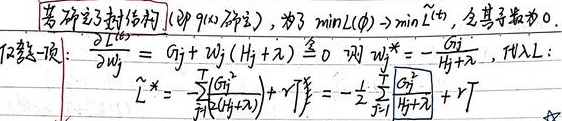
若确定了结构 \(t\) (即 \(q(x)\) 确定)，为了 \(\min L(\phi)=\min \tilde{L}(t)\)，令其导数为 0。对 \(w_j\) 求一阶：\(\frac{\partial \tilde{L}(t)}{\partial w_j}=G_j + w_j(H_j+\lambda)\overset{\text{令}}{=}0\)，则 \(w_j^*=-\frac{G_j}{H_j + \lambda}\)，从而：\(\tilde{L}^*=-\sum_{j = 1}^{T}\frac{G_j^2}{(H_j+\lambda)}+rT=-\frac{1}{2}\sum_{j = 1}^{T}\frac{G_j^2}{H_j+\lambda}+rT\)  。